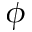
\phi